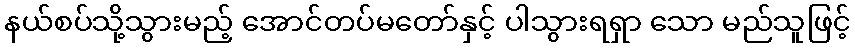
နယ်စပ်သို့သွားမည့် အောင်တပ်မတော်နှင့် ပါသွားရရှာ သော မည်သူဖြင့်